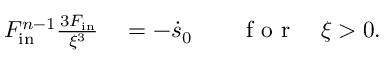
\begin{array} { r l r l } { F _ { \mathrm { i n } } ^ { n - 1 } \frac { \d ^ { 3 } F _ { \mathrm { i n } } } { \d \xi ^ { 3 } } } & { { } = - \dot { s } _ { 0 } } & { } & { { } \mathrm { ~ f ~ o ~ r ~ } \quad \xi > 0 . } \end{array}